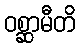
ဝစ္ဆာမီတိ